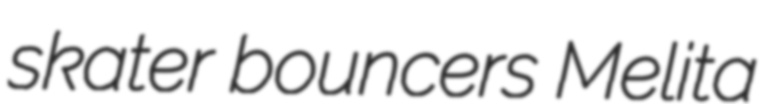
skater bouncers Melita